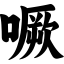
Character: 噘